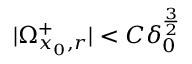
| \Omega _ { x _ { 0 } , r } ^ { + } | < C \delta _ { 0 } ^ { \frac { 3 } { 2 } }